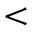
<